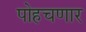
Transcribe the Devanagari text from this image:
पोहचणार